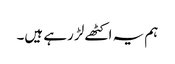
ہم یہ اکٹھے لڑ رہے ہیں۔